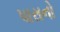
પારાનો